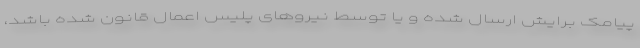
پیامک برایش ارسال شده و یا توسط نیروهای پلیس اعمال قانون شده باشد،